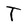
Character: T